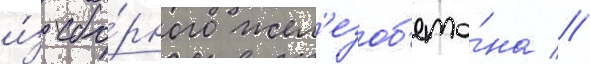
и́з сбо́рного жел'езоб'ето́на //